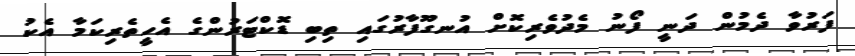
ފަރުވާ ދެމުން ދަނީ ފޯނު މެދުވެރިކޮށް އުނގޫފާރުގައި ތިބި ޑޮކްޓަރުންގެ އެހީތެރިކަމާ އެކު